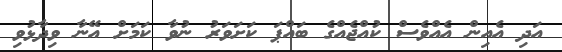
އަދި އެއިން އެއްވެސް ކުއްޖެއްގެ ބައްޕަ ކަށަވަރު ނުވާ ކަމަށް އޭނާ ވިދާޅުވި